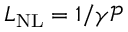
L _ { \mathrm { N L } } = 1 / \gamma \mathcal { P }